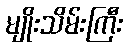
မျိုးသိမ်းကြီး